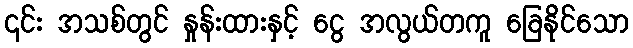
၎င်း အသစ်တွင် နှုန်းထားနှင့် ငွေ အလွယ်တကူ ခြေနိုင်သော